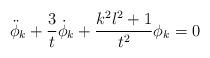
LaTeX: \begin{align*}\ddot \phi_k+\frac{3}{t}\dot \phi_k +\frac{k^2l^2+1}{t^2}\phi_k=0\end{align*}